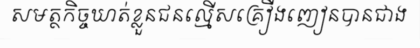
សមត្ថកិច្ចឃាត់ខ្លួនជនល្មើសគ្រឿងញៀនបានជាង